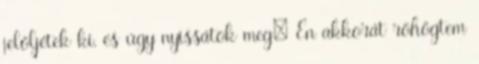
jelöljétek ki, és úgy nyissátok meg: Én akkorát röhögtem